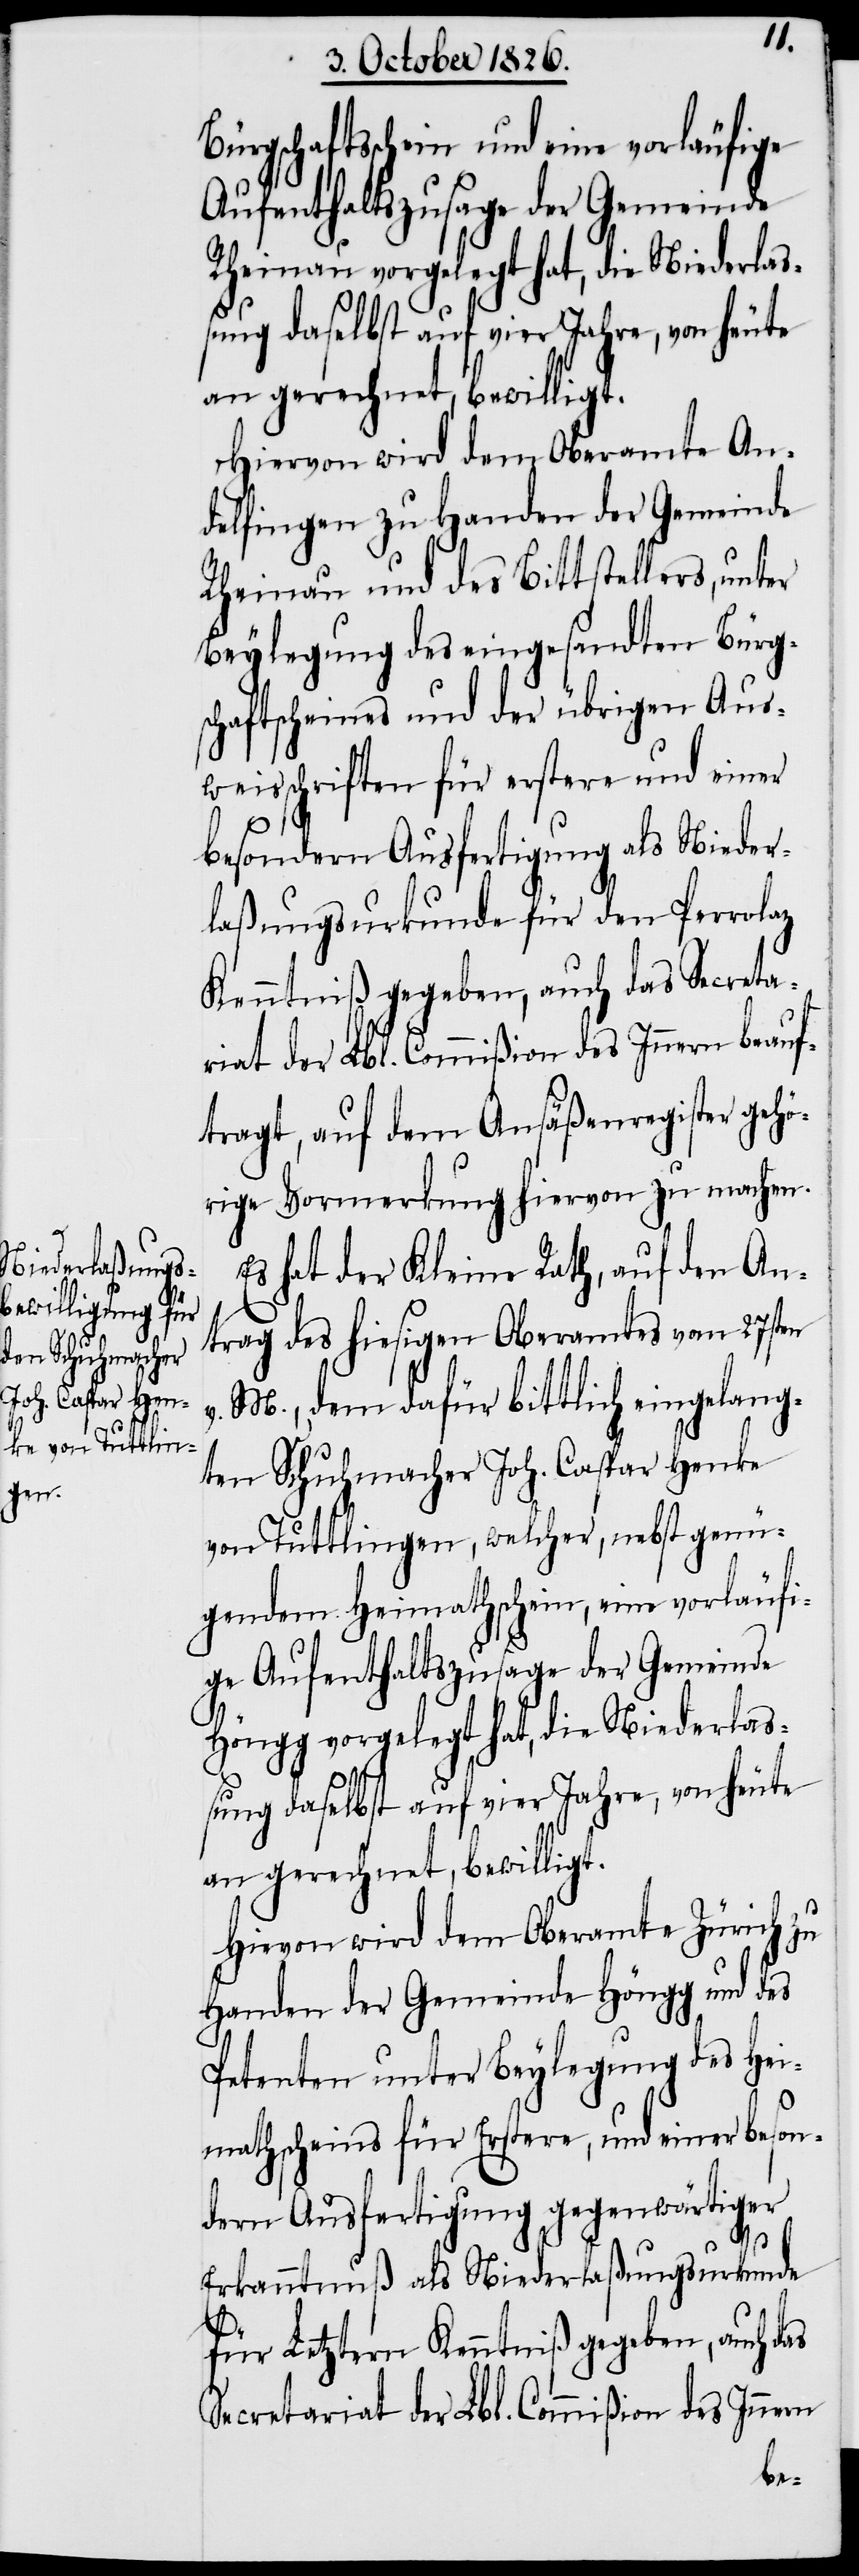
Bürgschaftsschein und eine vorläufige
Aufenthaltszusage der Gemeinde
Rheinau vorgelegt hat, die Niederlaß¬
ung daselbst auf vier Jahre, von heute
an gerechnet, bewilligt.
Hiervon wird dem Oberamte An¬
delfingen zu Handen der Gemeinde
Rheinau und des Bittstellers, unter
Beylegung des eingesandten Bürg¬
schaftsscheines und der übrigen Aus¬
weisschriften für erstere und einer
besondern Ausfertigung als Nieder¬
laßungsurkunde für den Perrolaz
Kenntniß gegeben, auch das Secreta¬
riat der Lbl. Commißion des Innern beauf¬
tragt, auf dem Ansäßenregister gehö¬
rig Vormerkung hiervon zu machen.
Es hat der Kleine Rath, auf den An¬
trag des hiesigen Oberamtes vom 27sten
v. M., dem dafür bittlich eingelang¬
ten Schuhmacher Joh. Caspar Henke
von Tuttlingen, welcher, nebst genü¬
gendem Heimathschein, eine vorläufi¬
ge Aufenthaltszusage der Gemeinde
Höngg vorgelegt hat, die Niederlaß¬
ung daselbst auf vier Jahre, von heute
an gerechnet, bewilligt.
Hievon wird dem Oberamte Zürich zu
Handen der Gemeinde Höngg und des
Petenten unter Beylegung des Hei¬
mathscheins für Erstere, und einer beson¬
dern Ausfertigung gegenwärtiger
Erkanntnuß als Niederlaßungsurkunde
für Letztern Kenntniß gegeben, auch das
Secretariat der Lbl. Commißion des Innern